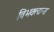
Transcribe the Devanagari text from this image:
विभक्त्यन्त